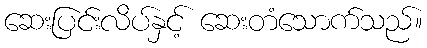
ဆေးပြင်းလိပ်နှင့် ဆေးတံသောက်သည်။